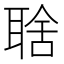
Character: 𦖘